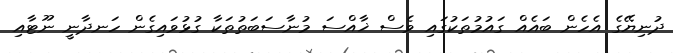
ދުނިޔޭގެ އެހެން ބައެއް ގައުމުތަކުގައި ވެސް ޚާއްސަ މުނާސަބަތުތަކާ ގުޅުވައިގެން ހަނދާނީ ނޫޓާއި